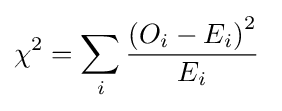
\chi ^{2}=\sum _{i}{\frac {\left(O_{i}-E_{i}\right)^{2}}{E_{i}}}~